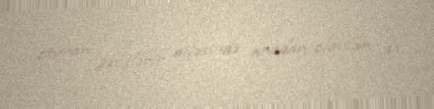
oturan şəxslərin ailəsində anadan olanlar da.